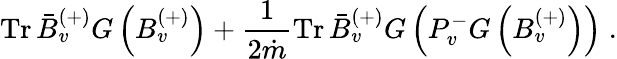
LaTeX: \mathrm{Tr}\, \bar{B}_{v}^{(+)}G\left(B_{v}^{(+)}\right)+\frac{1}{2\dot{m}}\mathrm{Tr}\, \bar{B}_{v}^{(+)}G\left(P_{v}^{-}G\left(B_{v}^{(+)}\right)\right)\; .